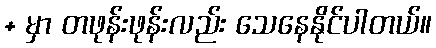
+ မှာ တဖုန်းဖုန်းလည်း သေနေနိုင်ပါတယ်။